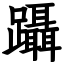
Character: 躡